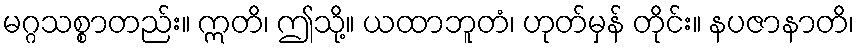
မဂ္ဂသစ္စာတည်း။ ဣတိ၊ ဤသို့။ ယထာဘူတံ၊ ဟုတ်မှန် တိုင်း။ နပဇာနာတိ၊